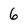
Character: 6